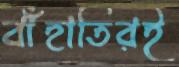
বাঁহাতিরই